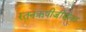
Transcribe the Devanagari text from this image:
रतनऋषीजींसोबत